Tezpur Lunatic Asylum reports 1895-1904 - 1895-1904
Year: 1895
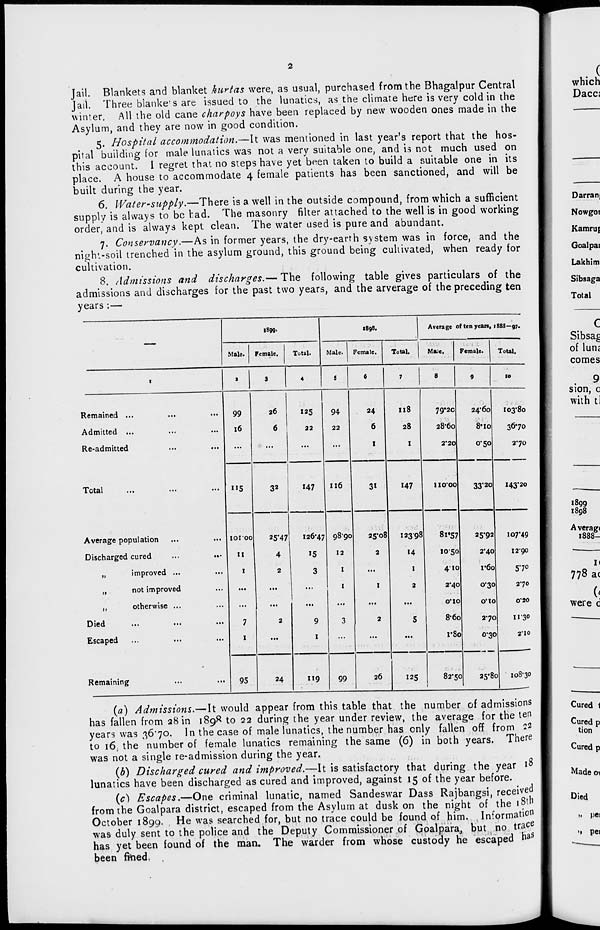
Jail. Blankets and blanket kurtas were, as usual, purchased from the Bhagalpur Central
Jail. Three blanke's are issued to the lunatics, as the climate here is very cold in the
winter. All the old cane charpoys have been replaced by new wooden ones made in the
Asylum, and they are now in good condition.
5. Hospital accommodation.—It was mentioned in last year's report that the hos-
pital building for male lunatics was not a very suitable one, and is not much used on
this account. I regret that no steps have yet been taken to build a suitable one in its
place. A house to accommodate 4 female patients has been sanctioned, and will be
built during the year.
6. Water-supply.—There is a well in the outside compound, from which a sufficient
supply is always to be l:ad. The masonry filter attached to the well is in good working
order, and is always kept clean. The water used is pure and abundant.
7. Conservancy.—As in former years, the dry-earth system was in force, and the
night-soil trenched in the asylum ground, this ground being cultivated, when ready for
cultivation.
8. Admissions and discharges.— The following table gives particulars of the
admissions and discharges for the past two years, and the arverage of the preceding ten
years :—
1899.
1898.
•
Average of ten yean, 1888—97.
Male. Female.
Total.
Male. Female.
Total.
Male.
Female.
Total.
1
3
3
4
5
6
7
8
9
10
Remained ...
99
26
125
94
24
Il8
79*20
24*60
I03*8o
Admitted ...
...
16
6
22
22
6
28
28*60
8MO
3670
Re-admitted
...
...
...
...
...
1
I
2*20
0*50
2*70
Total
...
"5
32
147
116
3*
X47
11000
33-20
i43'2o
Average population
IOIOO
25*47
126*47 98*90
25*08
12398
8i'57
25*92
107*49
Discharged cured
...
4
15
12
2
H
1050
2*40
1290
„
improved ...
...
1
2
3
1
...
1
4* 10
i'6o
$1°
„
not improved
...
...
...
1
"'
1
1
2
2*40
0*30
270
,,
otherwise ...
...
...
...
1
...
...
...
O'lO
O'lO
0*20
Died
...
7
2
9
3
2
5
8*6o
2-70
II-30
Escaped
...
1
...
I
...
...
....
i'8o
0*30
2'10
Remaining
*
95
24
119
99
26
"5
82*50
1
25*8c >
108*30
(a) Admissions.—It would appear from this table that the number of admissions
has fallen from 28 in 1898 to 22 during the year under review, the average for the ten
years was 36*70. In the case of male lunatics, the number has only fallen off from 22
to 16, the number of female lunatics remaining the same (6) in both years. There
was not a single re-admission during the year.
(b) Discharged cured and improved.—It is satisfactory that during the year 1°
lunatics have been discharged as cured and improved, against 15 of the year before.
(c) Escapes.—One criminal lunatic, named Sandeswar Dass Rajbangsi, received
from the Goalpara district, escaped from the Asylum at dusk on the night of the 18th
October 1899. He was searched for, but no trace could be found of him. Informatics
was duly sent to the police and the Deputy Commissioner of Goalpara, but no trace
has yet been found of the man. The warder from whose custody he escaped n aS
been fl-ned.